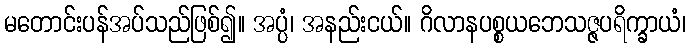
မတောင်းပန်အပ်သည်ဖြစ်၍။ အပ္ပံ၊ အနည်းငယ်။ ဂိလာနပစ္စယဘေသဇ္ဇပရိက္ခာယံ၊